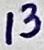
Text: 13